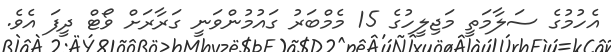
އެހުމުގެ ސަލާމަތީ މަޖިލީހުގެ 15 މެމްބަރު ގައުމުންވަނީ ގަރާރަށް ވޯޓް ދީފަ އެވެ.